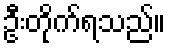
ဦးတိုက်ရသည်။